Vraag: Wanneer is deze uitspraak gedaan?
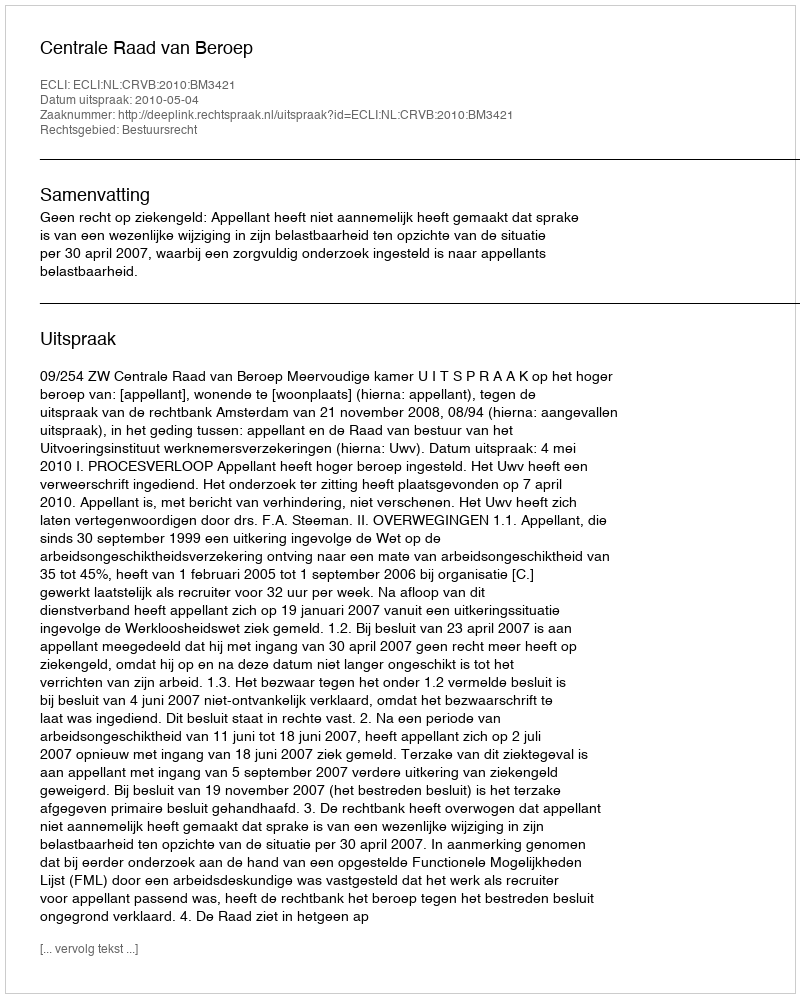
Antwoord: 2010-05-04